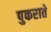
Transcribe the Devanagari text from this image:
पुकराते